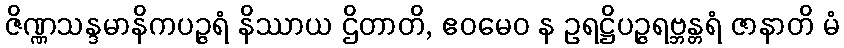
ဇိဏ္ဏသန္ဒမာနိကပဉ္ဇရံ နိဿာယ ဌိတာတိ, ဧဝမေဝ န ဥရဋ္ဌိပဉ္ဇရဗ္ဘန္တရံ ဇာနာတိ မံ